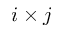
i \times j